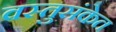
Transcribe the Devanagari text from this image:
वस्तुसंकेत